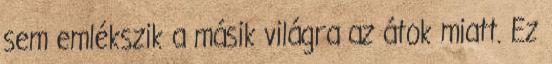
sem emlékszik a másik világra az átok miatt. Ez